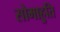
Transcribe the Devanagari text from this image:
सोमाहुति